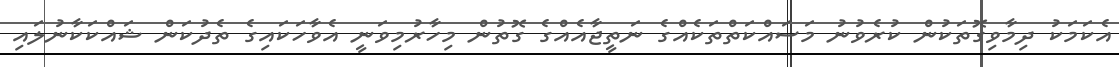
އެކަމަކު ދިމާވިގޮތަކުން ކުރެވުނު މަސައްކަތްތަކެއްގެ ނަތީޖާއެއްގެ ގޮތުން މިހާރުމިވަނީ އެވާހަކައިގެ ތެދުކަން ޝައްކަކާނުލައި